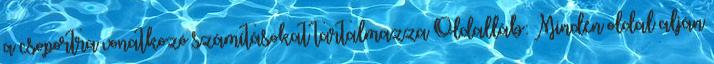
a csoportra vonatkozó számításokat tartalmazza Oldalláb: Minden oldal alján